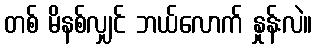
တစ် မိနစ်လျှင် ဘယ်လောက် နှုန်းလဲ။